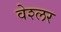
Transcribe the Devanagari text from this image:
वेश्लर